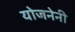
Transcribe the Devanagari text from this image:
योजनेनी